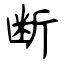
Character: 断